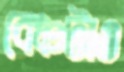
বেঞ্চটাও